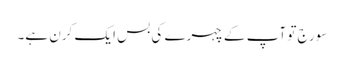
سورج تو آپ کے چہرے کی بس ایک کِرَن ہے۔